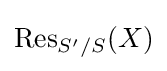
\operatorname {Res} _{S'/S}(X)